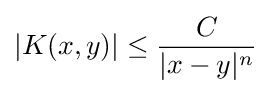
|K(x,y)|\leq {\frac {C}{|x-y|^{n}}}